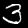
Label: 3